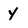
Character: y